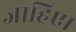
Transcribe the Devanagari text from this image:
जाहिए।